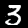
Digit: 3